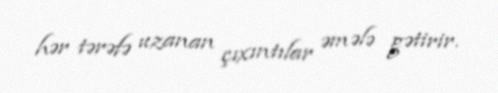
hər tərəfə uzanan çıxıntılar əmələ gətirir.